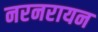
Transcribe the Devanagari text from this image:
नरनरायन